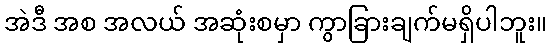
အဲဒီ အစ အလယ် အဆုံးစမှာ ကွာခြားချက်မရှိပါဘူး။